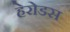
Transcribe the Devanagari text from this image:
हेरोडस